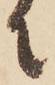
に